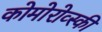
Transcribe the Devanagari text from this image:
कोमोरोव्स्की